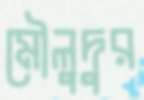
মৌলুদুর